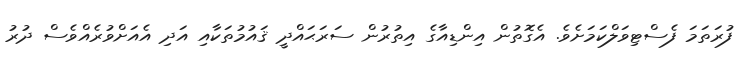
ފުރަތަމަ ފެސްޓިވަލްކަމަށެވެ. އެގޮތުން އިންޑިއާގެ އިތުރުން ސަރަޙައްދީ ޤައުމުތަކާއި އަދި އެއަށްވުރެއްވެސް ދުރު